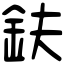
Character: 鈇